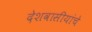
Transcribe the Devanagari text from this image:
देशवासीयांचे